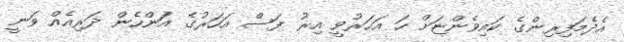
އެދެމަފިރިންގެ ކައިވެންޏަށް ހަ އަހަރުވީ އިރު ފަސް އަހަރުގެ އަންހެން ދަރިއެއް ވަނީ